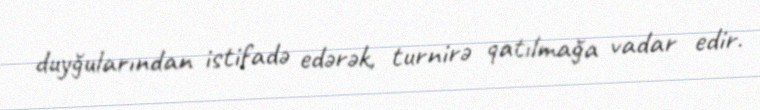
duyğularından istifadə edərək, turnirə qatılmağa vadar edir.